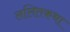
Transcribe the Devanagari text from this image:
ललितकथा